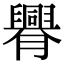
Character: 臖